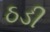
ઠડી